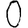
Digit: 0